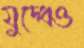
যুদ্ধেও